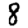
Digit: 8